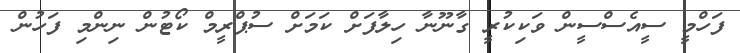
ފަހްމީ ސީއެސްސީން ވަކިކުރީ ގާނޫނާ ހިލާފަށް ކަމަށް ސުޕްރީމް ކޯޓުން ނިންމި ފަހުން